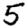
Digit: 5